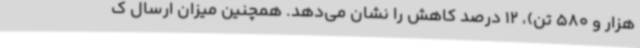
هزار و 580 تن)، 12 درصد کاهش را نشان می‌دهد. همچنین میزان ارسال ک